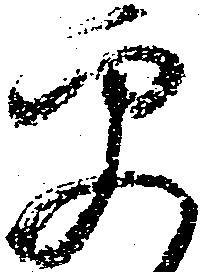
更